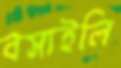
বসাইলি